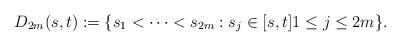
LaTeX: \begin{align*} D_{2m}(s,t) := \{ s_1 < \dots < s_{2m}: s_j \in [s,t]1\le j\le 2m\}. \end{align*}